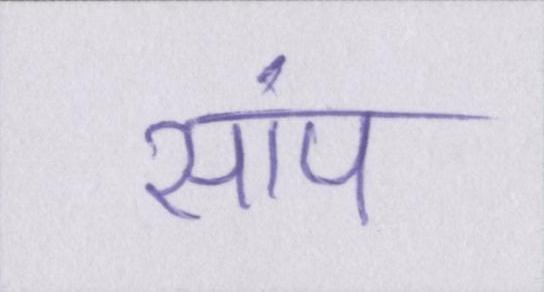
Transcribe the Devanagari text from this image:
सांप